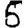
Digit: 5